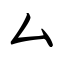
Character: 厶